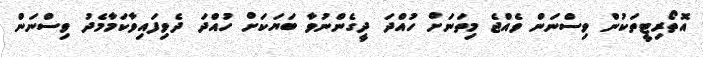
އޮތޯރިޓީތަކުން ވިސްނަން ވެއްޖެ މިތަނަށް ހުއްދަ ދީގެންނުވާ ބަޔަކަށް ހުއްދަ ދެވިފައިވާކަމާމެދު ވިސްނަން